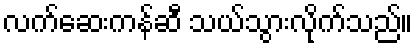
လက်ဆေးကန်ဆီ သယ်သွားလိုက်သည်။